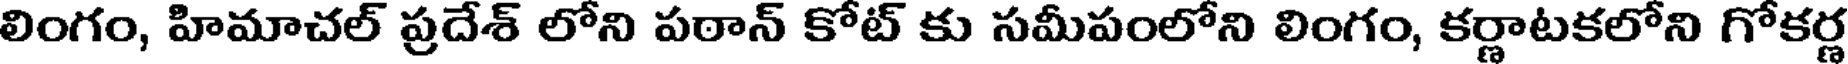
లింగం, హిమాచల్ ప్రదేశ్ లోని పఠాన్ కోట్ కు సమీపంలోని లింగం, కర్ణాటకలోని గోకర్ణ